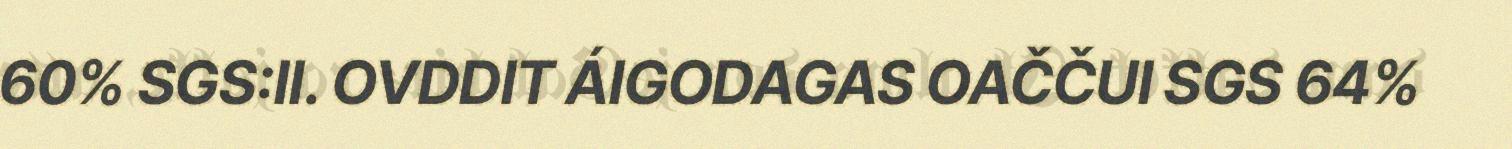
60% SGS:II. OVDDIT ÁIGODAGAS OAČČUI SGS 64%